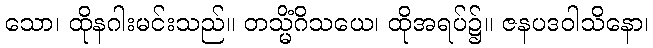
သော၊ ထိုနဂါးမင်းသည်။ တသ္မိံဂိသယေ၊ ထိုအရပ်၌။ ဇနပဒဝါသိနော၊